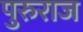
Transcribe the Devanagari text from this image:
पुरुराज